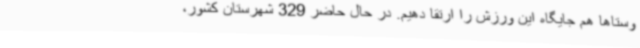
وستاها هم جایگاه این ورزش را ارتقا دهیم. در حال حاضر 329 شهرستان کشور،